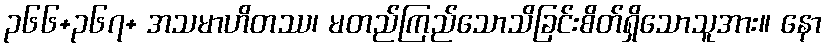
၃၆၆+၃၆၇+ အသမာဟိတဿ၊ မတည်ကြည်သောသိခြင်းစိတ်ရှိသောသူအား။ နော